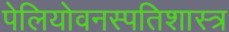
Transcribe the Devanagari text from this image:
पेलियोवनस्पतिशास्त्र